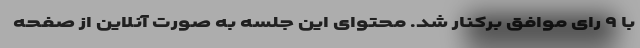
با ۹ رای موافق برکنار شد. محتوای این جلسه به صورت آنلاین از صفحه